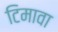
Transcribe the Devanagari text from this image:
टिमावा